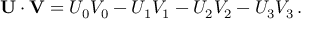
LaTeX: \mathbf { U } \cdot \mathbf { V } = U _ { 0 } V _ { 0 } - U _ { 1 } V _ { 1 } - U _ { 2 } V _ { 2 } - U _ { 3 } V _ { 3 } \, .